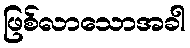
ဖြစ်လာသောအခါ